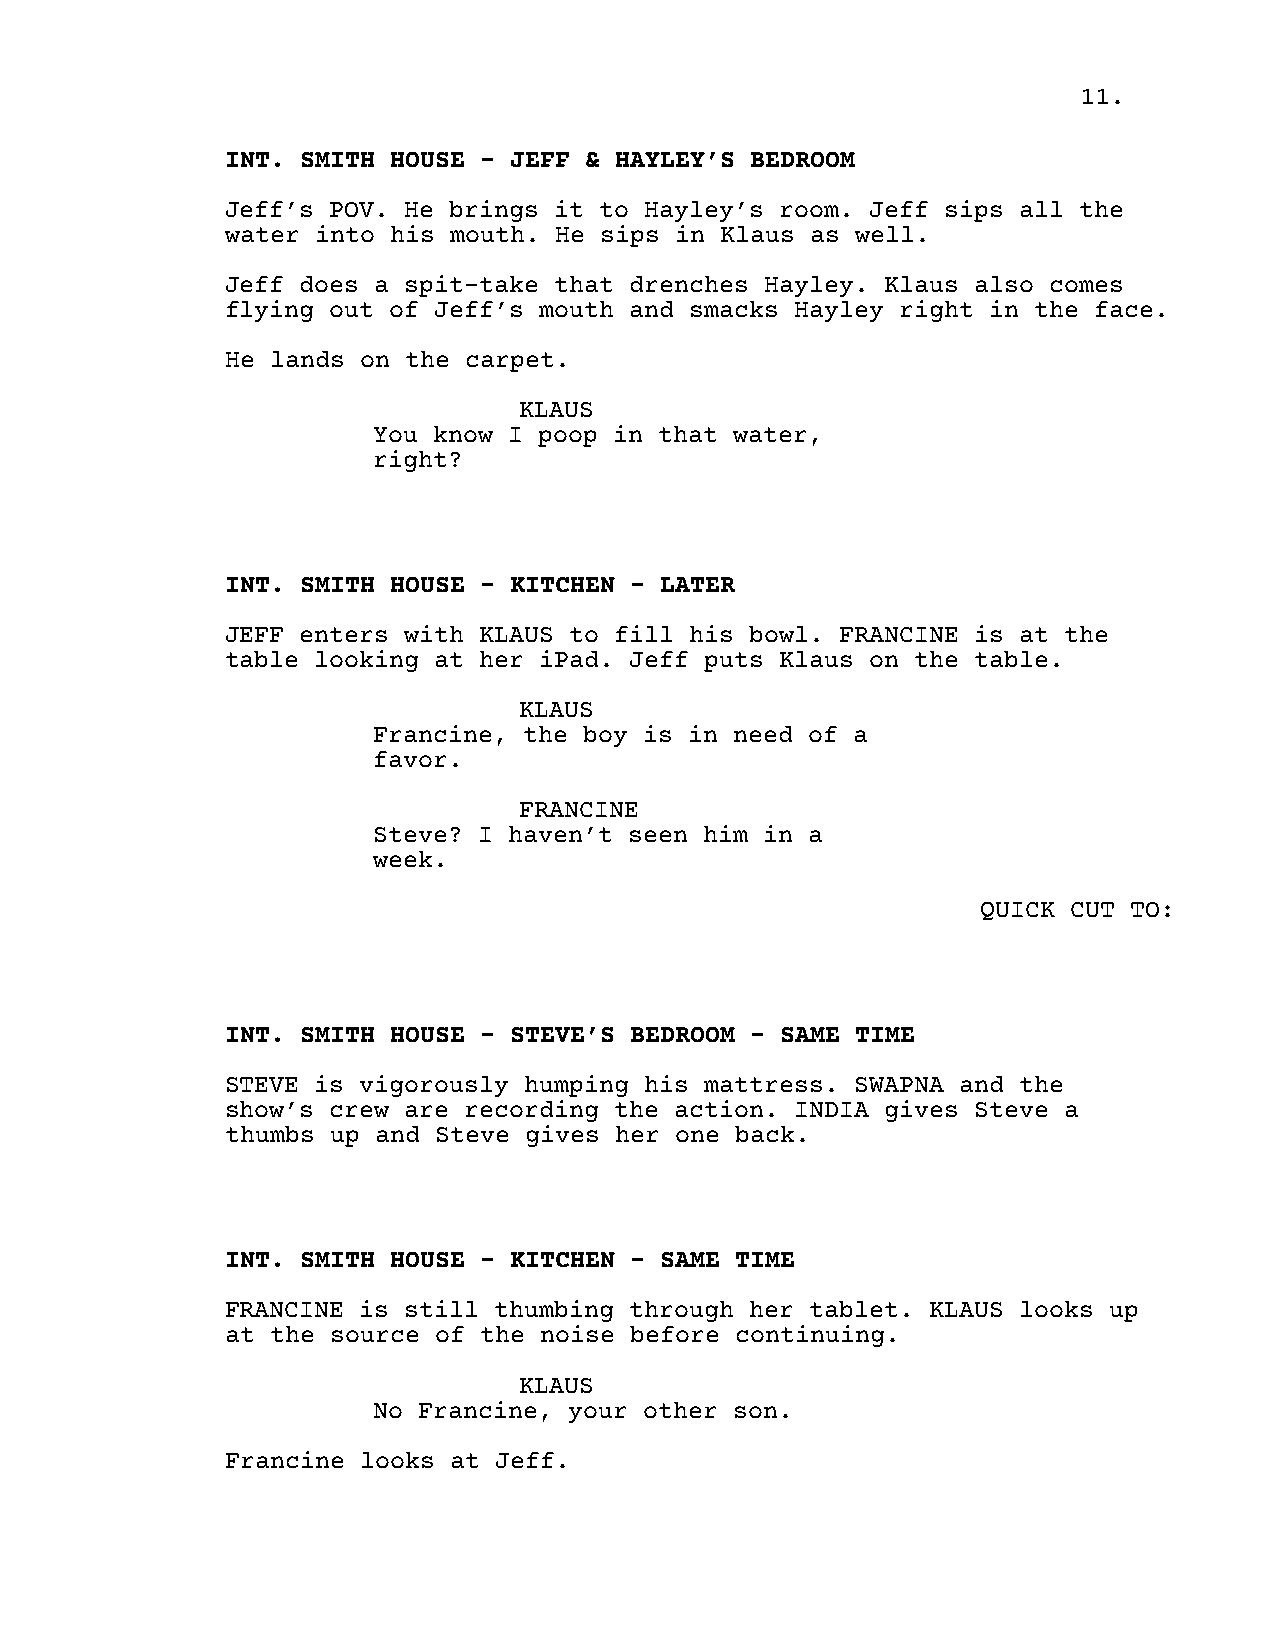
11.
 INT. SMITH HOUSE - JEFF & HAYLEY’S BEDROOM
 Jeff’s POV. He brings it to Hayley’s room. Jeff sips all the
 water into his mouth. He sips in Klaus as well.
 Jeff does a spit-take that drenches Hayley. Klaus also comes
 flying out of Jeff’s mouth and smacks Hayley right in the face.
 He lands on the carpet.
 KLAUS
 You know I poop in that water,
 right?
 INT. SMITH HOUSE - KITCHEN - LATER
 JEFF enters with KLAUS to fill his bowl. FRANCINE is at the
 table looking at her iPad. Jeff puts Klaus on the table.
 KLAUS
 Francine, the boy is in need of a
 favor.
 FRANCINE
 Steve? I haven’t seen him in a
 week.
 QUICK CUT TO:
 INT. SMITH HOUSE - STEVE’S BEDROOM - SAME TIME
 STEVE is vigorously humping his mattress. SWAPNA and the
 show’s crew are recording the action. INDIA gives Steve a
 thumbs up and Steve gives her one back.
 INT. SMITH HOUSE - KITCHEN - SAME TIME
 FRANCINE is still thumbing through her tablet. KLAUS looks up
 at the source of the noise before continuing.
 KLAUS
 No Francine, your other son.
 Francine looks at Jeff.